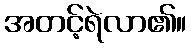
အတင့်ရဲလာ၏။